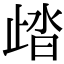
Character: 𣥾